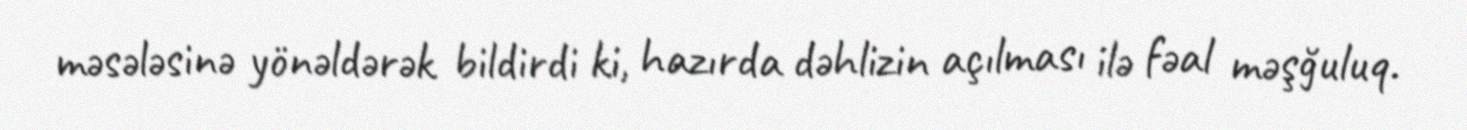
məsələsinə yönəldərək bildirdi ki, hazırda dəhlizin açılması ilə fəal məşğuluq.